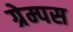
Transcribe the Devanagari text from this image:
ग्रेम्पस